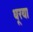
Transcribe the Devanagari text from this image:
धूरया